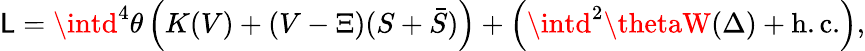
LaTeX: {\cal\mathsf{L}}=\intd^{4}\theta\left(K(V)+(V-\Xi)(S+\bar{{S}})\right)+\left(\intd^{2}\thetaW(\Delta)+\mathrm{{h.c.}}\right),